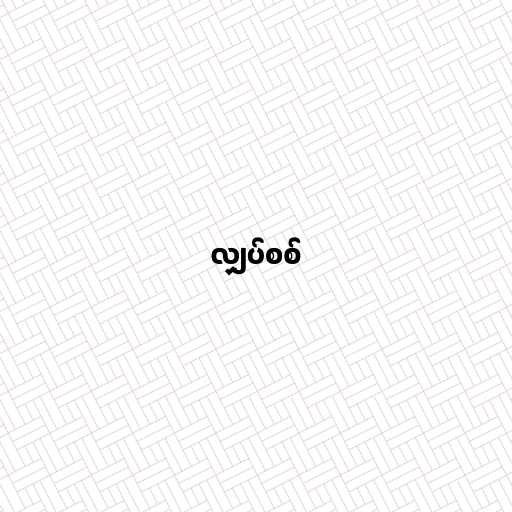
လျှပ်စစ်